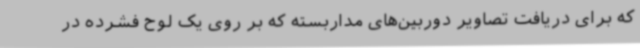
که برای دریافت تصاویر دوربین‌های مداربسته که بر روی یک لوح فشرده در